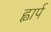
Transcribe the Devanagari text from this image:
ह्वार्प